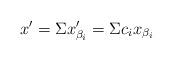
LaTeX: \begin{align*}x'=\Sigma x_{\beta_i}'=\Sigma c_{i}x_{\beta_i}\end{align*}